Annual statistical returns and brief notes on vaccination in Bengal - 1887-1898
Year: 1887
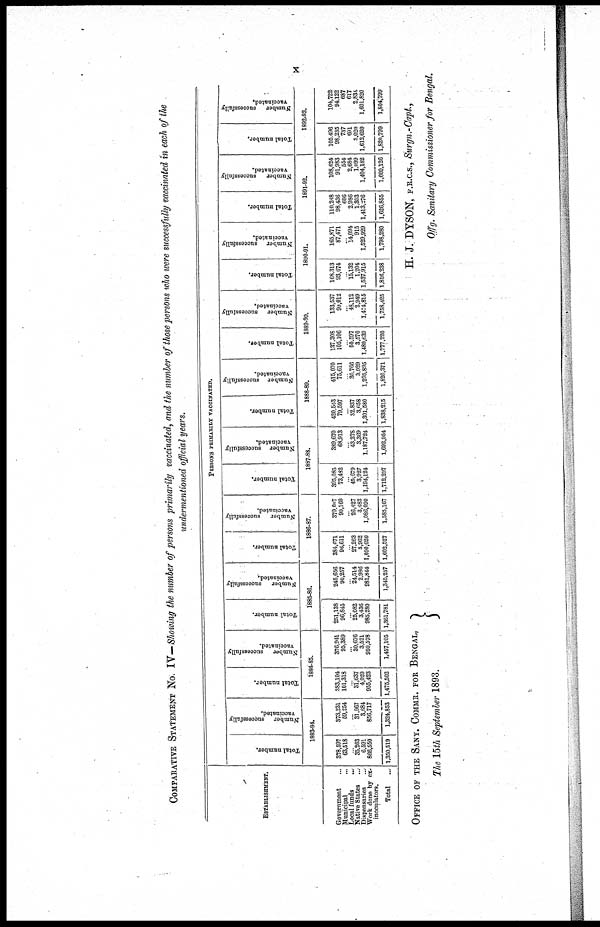
x
COMPARATIVE STATEMENT No. IV—Showing the number of persons primarily vaccinated, and the number of those persons who were successfully vaccinated in each of the
undermentioned official years.
ESTABLISHMENT.
Government ...
Municipal ...
Local funds
...
Native States ...
Dispensaries ...
Work done by ex¬
inoculators.
Total ...
PERSONS PRIMARILY VACCINATED.
Total number.
Number
successfully
vaccinated.
1883-84.
378,587
63,518
...
35,263
6,591
866,550
1,350,519
373,231
59,254
...
31,967
3,684
856,717
1,324,853
Total number.
Number
successfully
vaccinated.
1884-85.
383,104
101,318
...
31,637
4,020
955,423
1,475,502
376,941
95,389
...
30,676
3,521
950,578
1,457,105
Total number.
Number
successfully
vaccinated.
1885-86.
251,138
96,845
...
25,082
3,436
985,280
1,361,781
245,656
90,257
...
24,514
2,986
981,844
1,345,257
Total number.
Number
successfully
vaccinated.
1886-87.
384,671
96,611
...
27,263
3,962
1,090,020
1,602,527
379,007
80,160
...
26,427
3,483
1,086,090
1,585,167
Total number.
Number
successfully
vaccinated.
1887-88.
395,085
73,432
...
45,679
3,927
1,194,124
1,712,297
388,670
68.913
...
43,278
3,369
1,187,724
1,692,954
Total number.
Number
successfully
vaccinated.
1888-89.
420,543
79,597
...
32,837
3,658
1,301,580
1,838,215
415,070
75,611
...
30,766
3,029
1,295,895
1,820,371
Total number.
Number
successfully
vaccinated.
1889-90.
137,308
105,106
...
50,597
3,570
1,480,639
1,777,220
133,537
99,012
...
48,112
2,949
1,474,815
1,758,425
Total number.
Number
successfully
vaccinated.
1890-91.
168,313
93,674
...
15,132
1,204
1,537,915
1,816,238
165,871
87,471
...
14,094
915
1,529,929
1,798,280
Total number.
Number
successfully
vaccinated.
1891-92.
110,248
98,436
606
2,986
1,303
1,413,276
1,626,855
108,624
91,983
554
2,684
1,099
1,404,182
1,609,126
Total number.
Number
successfully
vaccinated.
1892-93.
105,496
98,235
737
691
3,020
1,612,620
1,820,799
104,722
94,122
687
617
2,831
1,601,820
1,804,799
OFFICE OF THE SANY. COMMR. FOR BENGAL,
The 15th September 1893.
H. J. DYSON, F.R.C.S., Surgn.-Capt.,
Offg. Sanitary Commissioner for Bengal.